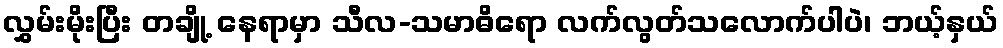
လွှမ်းမိုးပြီး တချို့ နေရာမှာ သီလ-သမာဓိရော လက်လွတ်သလောက်ပါပဲ၊ ဘယ့်နှယ်